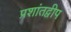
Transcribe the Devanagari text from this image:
प्रशांतद्वीप